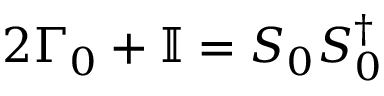
2 \Gamma _ { 0 } + \mathbb { I } = S _ { 0 } S _ { 0 } ^ { \dagger }